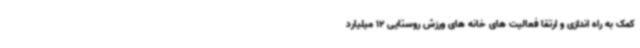
کمک به راه اندازی و ارتقا فعالیت های خانه های ورزش روستایی 12 میلیارد